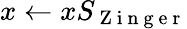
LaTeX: x\leftarrow xS_{\mathrm{~Z~i~n~g~e~r~}}